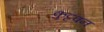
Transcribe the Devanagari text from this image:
कुट्टवन